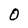
Character: O